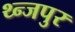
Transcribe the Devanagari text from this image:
थ्न्जपुर